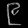
Digit: ၉